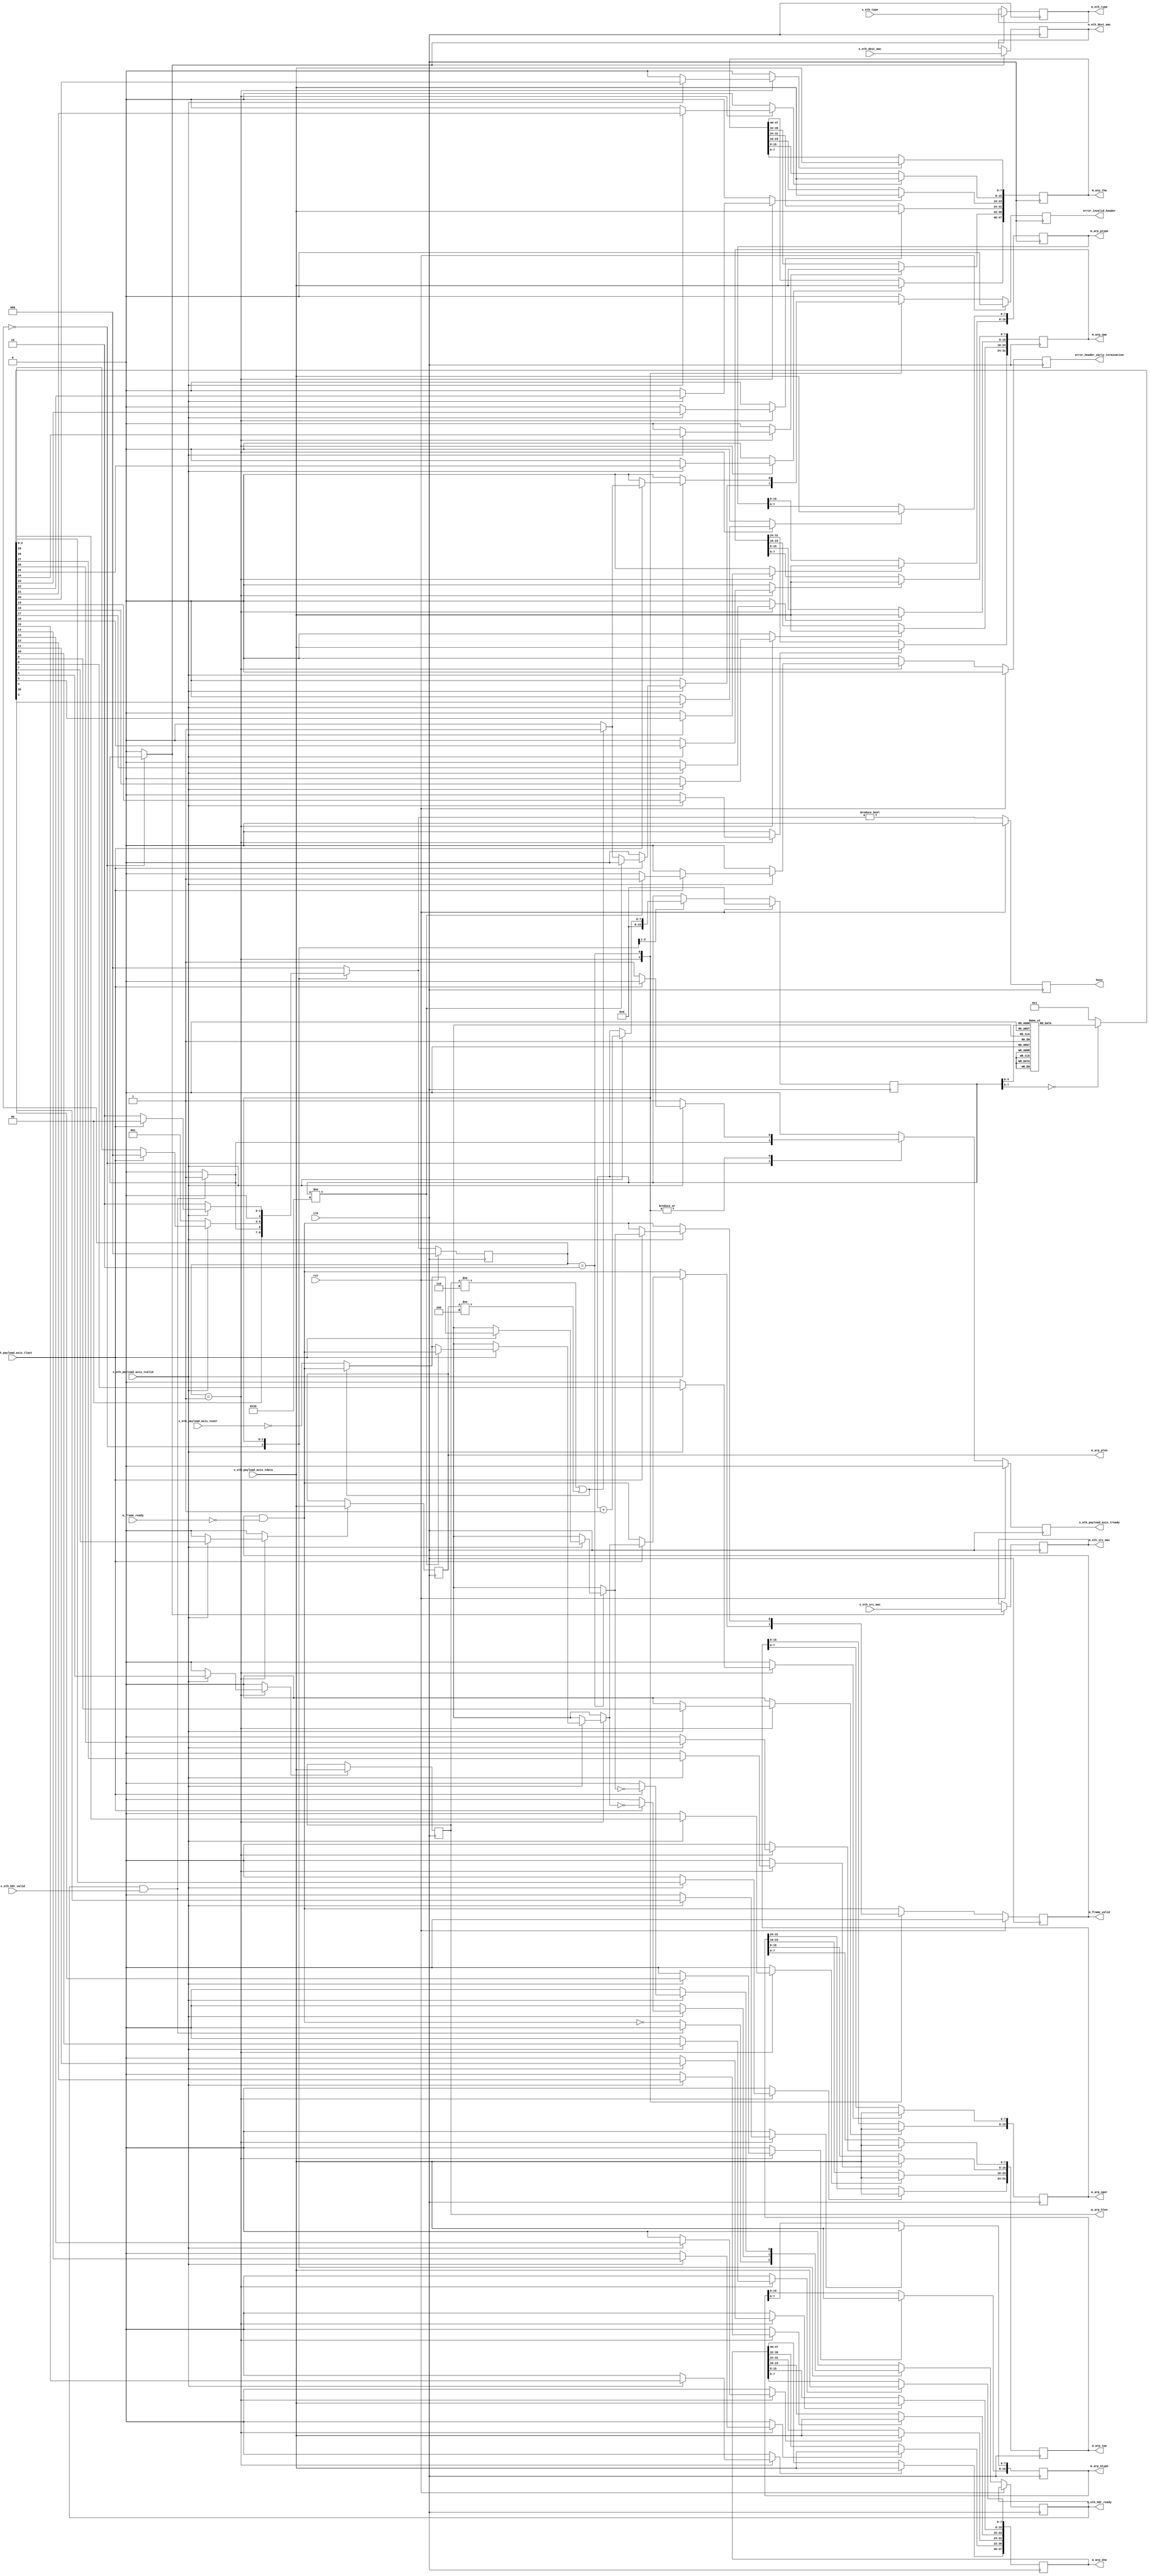


// Language: Verilog 2001

`timescale 1ns / 1ps

/*
 * ARP ethernet frame receiver (Ethernet frame in, ARP frame out)
 */
module arp_eth_rx
(
    input  wire        clk,
    input  wire        rst,

    /*
     * Ethernet frame input
     */
    input  wire        s_eth_hdr_valid,
    output wire        s_eth_hdr_ready,
    input  wire [47:0] s_eth_dest_mac,
    input  wire [47:0] s_eth_src_mac,
    input  wire [15:0] s_eth_type,
    input  wire [7:0]  s_eth_payload_axis_tdata,
    input  wire        s_eth_payload_axis_tvalid,
    output wire        s_eth_payload_axis_tready,
    input  wire        s_eth_payload_axis_tlast,
    input  wire        s_eth_payload_axis_tuser,

    /*
     * ARP frame output
     */
    output wire        m_frame_valid,
    input  wire        m_frame_ready,
    output wire [47:0] m_eth_dest_mac,
    output wire [47:0] m_eth_src_mac,
    output wire [15:0] m_eth_type,
    output wire [15:0] m_arp_htype,
    output wire [15:0] m_arp_ptype,
    output wire [7:0]  m_arp_hlen,
    output wire [7:0]  m_arp_plen,
    output wire [15:0] m_arp_oper,
    output wire [47:0] m_arp_sha,
    output wire [31:0] m_arp_spa,
    output wire [47:0] m_arp_tha,
    output wire [31:0] m_arp_tpa,

    /*
     * Status signals
     */
    output wire        busy,
    output wire        error_header_early_termination,
    output wire        error_invalid_header
);

/*

ARP Frame

 Field                       Length
 Destination MAC address     6 octets
 Source MAC address          6 octets
 Ethertype (0x0806)          2 octets
 HTYPE (1)                   2 octets
 PTYPE (0x0800)              2 octets
 HLEN (6)                    1 octets
 PLEN (4)                    1 octets
 OPER                        2 octets
 SHA Sender MAC              6 octets
 SPA Sender IP               4 octets
 THA Target MAC              6 octets
 TPA Target IP               4 octets

This module receives an Ethernet frame with header fields in parallel and
payload on an AXI stream interface, decodes the ARP packet fields, and
produces the frame fields in parallel.  

*/

localparam [2:0]
    STATE_IDLE = 3'd0,
    STATE_READ_HEADER = 3'd1,
    STATE_WAIT_LAST = 3'd2;

reg [2:0] state_reg = STATE_IDLE, state_next;

// datapath control signals
reg store_eth_hdr;
reg store_arp_htype_0;
reg store_arp_htype_1;
reg store_arp_ptype_0;
reg store_arp_ptype_1;
reg store_arp_hlen;
reg store_arp_plen;
reg store_arp_oper_0;
reg store_arp_oper_1;
reg store_arp_sha_0;
reg store_arp_sha_1;
reg store_arp_sha_2;
reg store_arp_sha_3;
reg store_arp_sha_4;
reg store_arp_sha_5;
reg store_arp_spa_0;
reg store_arp_spa_1;
reg store_arp_spa_2;
reg store_arp_spa_3;
reg store_arp_tha_0;
reg store_arp_tha_1;
reg store_arp_tha_2;
reg store_arp_tha_3;
reg store_arp_tha_4;
reg store_arp_tha_5;
reg store_arp_tpa_0;
reg store_arp_tpa_1;
reg store_arp_tpa_2;
reg store_arp_tpa_3;

reg [7:0] frame_ptr_reg = 8'd0, frame_ptr_next;

reg s_eth_hdr_ready_reg = 1'b0, s_eth_hdr_ready_next;
reg s_eth_payload_axis_tready_reg = 1'b0, s_eth_payload_axis_tready_next;

reg m_frame_valid_reg = 1'b0, m_frame_valid_next;
reg [47:0] m_eth_dest_mac_reg = 48'd0;
reg [47:0] m_eth_src_mac_reg = 48'd0;
reg [15:0] m_eth_type_reg = 16'd0;
reg [15:0] m_arp_htype_reg = 16'd0;
reg [15:0] m_arp_ptype_reg = 16'd0;
reg [7:0]  m_arp_hlen_reg = 8'd0;
reg [7:0]  m_arp_plen_reg = 8'd0;
reg [15:0] m_arp_oper_reg = 16'd0;
reg [47:0] m_arp_sha_reg = 48'd0;
reg [31:0] m_arp_spa_reg = 32'd0;
reg [47:0] m_arp_tha_reg = 48'd0;
reg [31:0] m_arp_tpa_reg = 32'd0;

reg busy_reg = 1'b0;
reg error_header_early_termination_reg = 1'b0, error_header_early_termination_next;
reg error_invalid_header_reg = 1'b0, error_invalid_header_next;

assign s_eth_hdr_ready = s_eth_hdr_ready_reg;
assign s_eth_payload_axis_tready = s_eth_payload_axis_tready_reg;

assign m_frame_valid = m_frame_valid_reg;
assign m_eth_dest_mac = m_eth_dest_mac_reg;
assign m_eth_src_mac = m_eth_src_mac_reg;
assign m_eth_type = m_eth_type_reg;
assign m_arp_htype = m_arp_htype_reg;
assign m_arp_ptype = m_arp_ptype_reg;
assign m_arp_hlen = m_arp_hlen_reg;
assign m_arp_plen = m_arp_plen_reg;
assign m_arp_oper = m_arp_oper_reg;
assign m_arp_sha = m_arp_sha_reg;
assign m_arp_spa = m_arp_spa_reg;
assign m_arp_tha = m_arp_tha_reg;
assign m_arp_tpa = m_arp_tpa_reg;

assign busy = busy_reg;
assign error_header_early_termination = error_header_early_termination_reg;
assign error_invalid_header = error_invalid_header_reg;

always @* begin
    state_next = STATE_IDLE;

    s_eth_hdr_ready_next = 1'b0;
    s_eth_payload_axis_tready_next = 1'b0;

    store_eth_hdr = 1'b0;
    store_arp_htype_0 = 1'b0;
    store_arp_htype_1 = 1'b0;
    store_arp_ptype_0 = 1'b0;
    store_arp_ptype_1 = 1'b0;
    store_arp_hlen = 1'b0;
    store_arp_plen = 1'b0;
    store_arp_oper_0 = 1'b0;
    store_arp_oper_1 = 1'b0;
    store_arp_sha_0 = 1'b0;
    store_arp_sha_1 = 1'b0;
    store_arp_sha_2 = 1'b0;
    store_arp_sha_3 = 1'b0;
    store_arp_sha_4 = 1'b0;
    store_arp_sha_5 = 1'b0;
    store_arp_spa_0 = 1'b0;
    store_arp_spa_1 = 1'b0;
    store_arp_spa_2 = 1'b0;
    store_arp_spa_3 = 1'b0;
    store_arp_tha_0 = 1'b0;
    store_arp_tha_1 = 1'b0;
    store_arp_tha_2 = 1'b0;
    store_arp_tha_3 = 1'b0;
    store_arp_tha_4 = 1'b0;
    store_arp_tha_5 = 1'b0;
    store_arp_tpa_0 = 1'b0;
    store_arp_tpa_1 = 1'b0;
    store_arp_tpa_2 = 1'b0;
    store_arp_tpa_3 = 1'b0;

    frame_ptr_next = frame_ptr_reg;

    m_frame_valid_next = m_frame_valid_reg && !m_frame_ready;

    error_header_early_termination_next = 1'b0;
    error_invalid_header_next = 1'b0;

    case (state_reg)
        STATE_IDLE: begin
            // idle state - wait for data
            frame_ptr_next = 8'd0;
            s_eth_hdr_ready_next = !m_frame_valid_next;

            if (s_eth_hdr_ready && s_eth_hdr_valid) begin
                s_eth_hdr_ready_next = 1'b0;
                s_eth_payload_axis_tready_next = 1'b1;
                store_eth_hdr = 1'b1;
                state_next = STATE_READ_HEADER;
            end else begin
                state_next = STATE_IDLE;
            end
        end
        STATE_READ_HEADER: begin
            // read header state
            s_eth_payload_axis_tready_next = 1'b1;

            if (s_eth_payload_axis_tvalid) begin
                // word transfer in - store it
                frame_ptr_next = frame_ptr_reg + 8'd1;
                state_next = STATE_READ_HEADER;
                case (frame_ptr_reg)
                    8'h00: store_arp_htype_1 = 1'b1;
                    8'h01: store_arp_htype_0 = 1'b1;
                    8'h02: store_arp_ptype_1 = 1'b1;
                    8'h03: store_arp_ptype_0 = 1'b1;
                    8'h04: store_arp_hlen = 1'b1;
                    8'h05: store_arp_plen = 1'b1;
                    8'h06: store_arp_oper_1 = 1'b1;
                    8'h07: store_arp_oper_0 = 1'b1;
                    8'h08: store_arp_sha_5 = 1'b1;
                    8'h09: store_arp_sha_4 = 1'b1;
                    8'h0A: store_arp_sha_3 = 1'b1;
                    8'h0B: store_arp_sha_2 = 1'b1;
                    8'h0C: store_arp_sha_1 = 1'b1;
                    8'h0D: store_arp_sha_0 = 1'b1;
                    8'h0E: store_arp_spa_3 = 1'b1;
                    8'h0F: store_arp_spa_2 = 1'b1;
                    8'h10: store_arp_spa_1 = 1'b1;
                    8'h11: store_arp_spa_0 = 1'b1;
                    8'h12: store_arp_tha_5 = 1'b1;
                    8'h13: store_arp_tha_4 = 1'b1;
                    8'h14: store_arp_tha_3 = 1'b1;
                    8'h15: store_arp_tha_2 = 1'b1;
                    8'h16: store_arp_tha_1 = 1'b1;
                    8'h17: store_arp_tha_0 = 1'b1;
                    8'h18: store_arp_tpa_3 = 1'b1;
                    8'h19: store_arp_tpa_2 = 1'b1;
                    8'h1A: store_arp_tpa_1 = 1'b1;
                    8'h1B: begin
                        store_arp_tpa_0 = 1'b1;
                        state_next = STATE_WAIT_LAST;
                    end
                endcase
                if (s_eth_payload_axis_tlast) begin
                    // end of frame
                    if (frame_ptr_reg != 8'h1B) begin
                        // don't have the whole header
                        error_header_early_termination_next = 1'b1;
                    end else if (m_arp_hlen != 4'd6 || m_arp_plen != 4'd4) begin
                        // lengths not valid
                        error_invalid_header_next = 1'b1;
                    end else begin
                        // otherwise, transfer tuser
                        m_frame_valid_next = !s_eth_payload_axis_tuser;
                    end
                    s_eth_hdr_ready_next = !m_frame_valid_next;
                    s_eth_payload_axis_tready_next = 1'b0;
                    state_next = STATE_IDLE;
                end
            end else begin
                state_next = STATE_READ_HEADER;
            end
        end
        STATE_WAIT_LAST: begin
            // wait for end of frame; read and discard
            s_eth_payload_axis_tready_next = 1'b1;

            if (s_eth_payload_axis_tvalid) begin
                if (s_eth_payload_axis_tlast) begin
                    if (m_arp_hlen != 4'd6 || m_arp_plen != 4'd4) begin
                        // lengths not valid
                        error_invalid_header_next = 1'b1;
                    end else begin
                        // otherwise, transfer tuser
                        m_frame_valid_next = !s_eth_payload_axis_tuser;
                    end
                    s_eth_hdr_ready_next = !m_frame_valid_next;
                    s_eth_payload_axis_tready_next = 1'b0;
                    state_next = STATE_IDLE;
                end else begin
                    state_next = STATE_WAIT_LAST;
                end
            end else begin
                // wait for end of frame; read and discard
                state_next = STATE_WAIT_LAST;
            end
        end
    endcase
end

always @(posedge clk) begin
    if (rst) begin
        state_reg <= STATE_IDLE;
        frame_ptr_reg <= 8'd0;
        s_eth_payload_axis_tready_reg <= 1'b0;
        m_frame_valid_reg <= 1'b0;
        busy_reg <= 1'b0;
        error_header_early_termination_reg <= 1'b0;
        error_invalid_header_reg <= 1'b0;
    end else begin
        state_reg <= state_next;

        s_eth_hdr_ready_reg <= s_eth_hdr_ready_next;
        s_eth_payload_axis_tready_reg <= s_eth_payload_axis_tready_next;

        frame_ptr_reg <= frame_ptr_next;

        m_frame_valid_reg <= m_frame_valid_next;

        error_header_early_termination_reg <= error_header_early_termination_next;
        error_invalid_header_reg <= error_invalid_header_next;

        busy_reg <= state_next != STATE_IDLE;
    end

    // datapath
    if (store_eth_hdr) begin
        m_eth_dest_mac_reg <= s_eth_dest_mac;
        m_eth_src_mac_reg <= s_eth_src_mac;
        m_eth_type_reg <= s_eth_type;
    end

    if (store_arp_htype_0) m_arp_htype_reg[ 7: 0] <= s_eth_payload_axis_tdata;
    if (store_arp_htype_1) m_arp_htype_reg[15: 8] <= s_eth_payload_axis_tdata;
    if (store_arp_ptype_0) m_arp_ptype_reg[ 7: 0] <= s_eth_payload_axis_tdata;
    if (store_arp_ptype_1) m_arp_ptype_reg[15: 8] <= s_eth_payload_axis_tdata;
    if (store_arp_hlen) m_arp_hlen_reg <= s_eth_payload_axis_tdata;
    if (store_arp_plen) m_arp_plen_reg <= s_eth_payload_axis_tdata;
    if (store_arp_oper_0) m_arp_oper_reg[ 7: 0] <= s_eth_payload_axis_tdata;
    if (store_arp_oper_1) m_arp_oper_reg[15: 8] <= s_eth_payload_axis_tdata;
    if (store_arp_sha_0) m_arp_sha_reg[ 7: 0] <= s_eth_payload_axis_tdata;
    if (store_arp_sha_1) m_arp_sha_reg[15: 8] <= s_eth_payload_axis_tdata;
    if (store_arp_sha_2) m_arp_sha_reg[23:16] <= s_eth_payload_axis_tdata;
    if (store_arp_sha_3) m_arp_sha_reg[31:24] <= s_eth_payload_axis_tdata;
    if (store_arp_sha_4) m_arp_sha_reg[39:32] <= s_eth_payload_axis_tdata;
    if (store_arp_sha_5) m_arp_sha_reg[47:40] <= s_eth_payload_axis_tdata;
    if (store_arp_spa_0) m_arp_spa_reg[ 7: 0] <= s_eth_payload_axis_tdata;
    if (store_arp_spa_1) m_arp_spa_reg[15: 8] <= s_eth_payload_axis_tdata;
    if (store_arp_spa_2) m_arp_spa_reg[23:16] <= s_eth_payload_axis_tdata;
    if (store_arp_spa_3) m_arp_spa_reg[31:24] <= s_eth_payload_axis_tdata;
    if (store_arp_tha_0) m_arp_tha_reg[ 7: 0] <= s_eth_payload_axis_tdata;
    if (store_arp_tha_1) m_arp_tha_reg[15: 8] <= s_eth_payload_axis_tdata;
    if (store_arp_tha_2) m_arp_tha_reg[23:16] <= s_eth_payload_axis_tdata;
    if (store_arp_tha_3) m_arp_tha_reg[31:24] <= s_eth_payload_axis_tdata;
    if (store_arp_tha_4) m_arp_tha_reg[39:32] <= s_eth_payload_axis_tdata;
    if (store_arp_tha_5) m_arp_tha_reg[47:40] <= s_eth_payload_axis_tdata;
    if (store_arp_tpa_0) m_arp_tpa_reg[ 7: 0] <= s_eth_payload_axis_tdata;
    if (store_arp_tpa_1) m_arp_tpa_reg[15: 8] <= s_eth_payload_axis_tdata;
    if (store_arp_tpa_2) m_arp_tpa_reg[23:16] <= s_eth_payload_axis_tdata;
    if (store_arp_tpa_3) m_arp_tpa_reg[31:24] <= s_eth_payload_axis_tdata;
end

endmodule